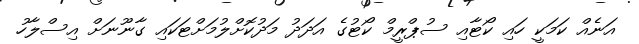
އަނެއް ކަމަކީ ހައި ކޯޓާއި ސުޕްރީމް ކޯޓުގެ އަދަދު މަދުކޮށްލުމަށްޓަކައި ގާނޫނަށް އިސްލާހު